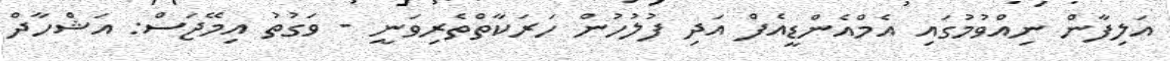
އަލިފާން ނިއްވުމުގައި އެމްއެންޑީއެފް އަދި ފުލުހުން ހަރަކާތްތެރިވަނީ - ވަގުތު އިމޭޖަސް: އަޝްހާދް